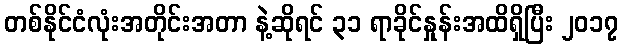
တစ်နိုင်ငံလုံးအတိုင်းအတာ နဲ့ဆိုရင် ၃၁ ရာခိုင်နှုန်းအထိရှိပြီး ၂၀၁၇